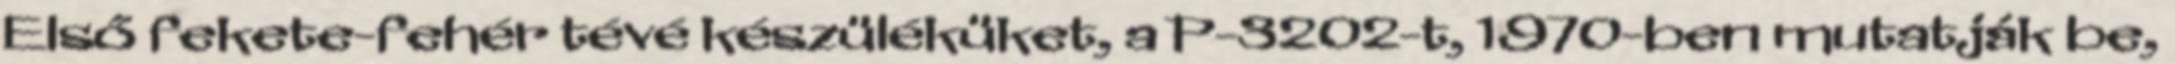
Első fekete-fehér tévé készüléküket, a P-3202-t, 1970-ben mutatják be,